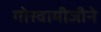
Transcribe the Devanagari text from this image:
गोस्वामीजीने